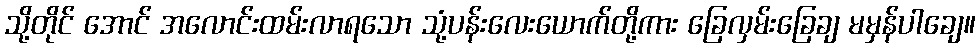
သို့တိုင် အောင် အလောင်းထမ်းလာရသော သုံ့ပန်းလေးယောက်တို့ကား ခြေလှမ်းခြေချ မမှန်ပါချေ။